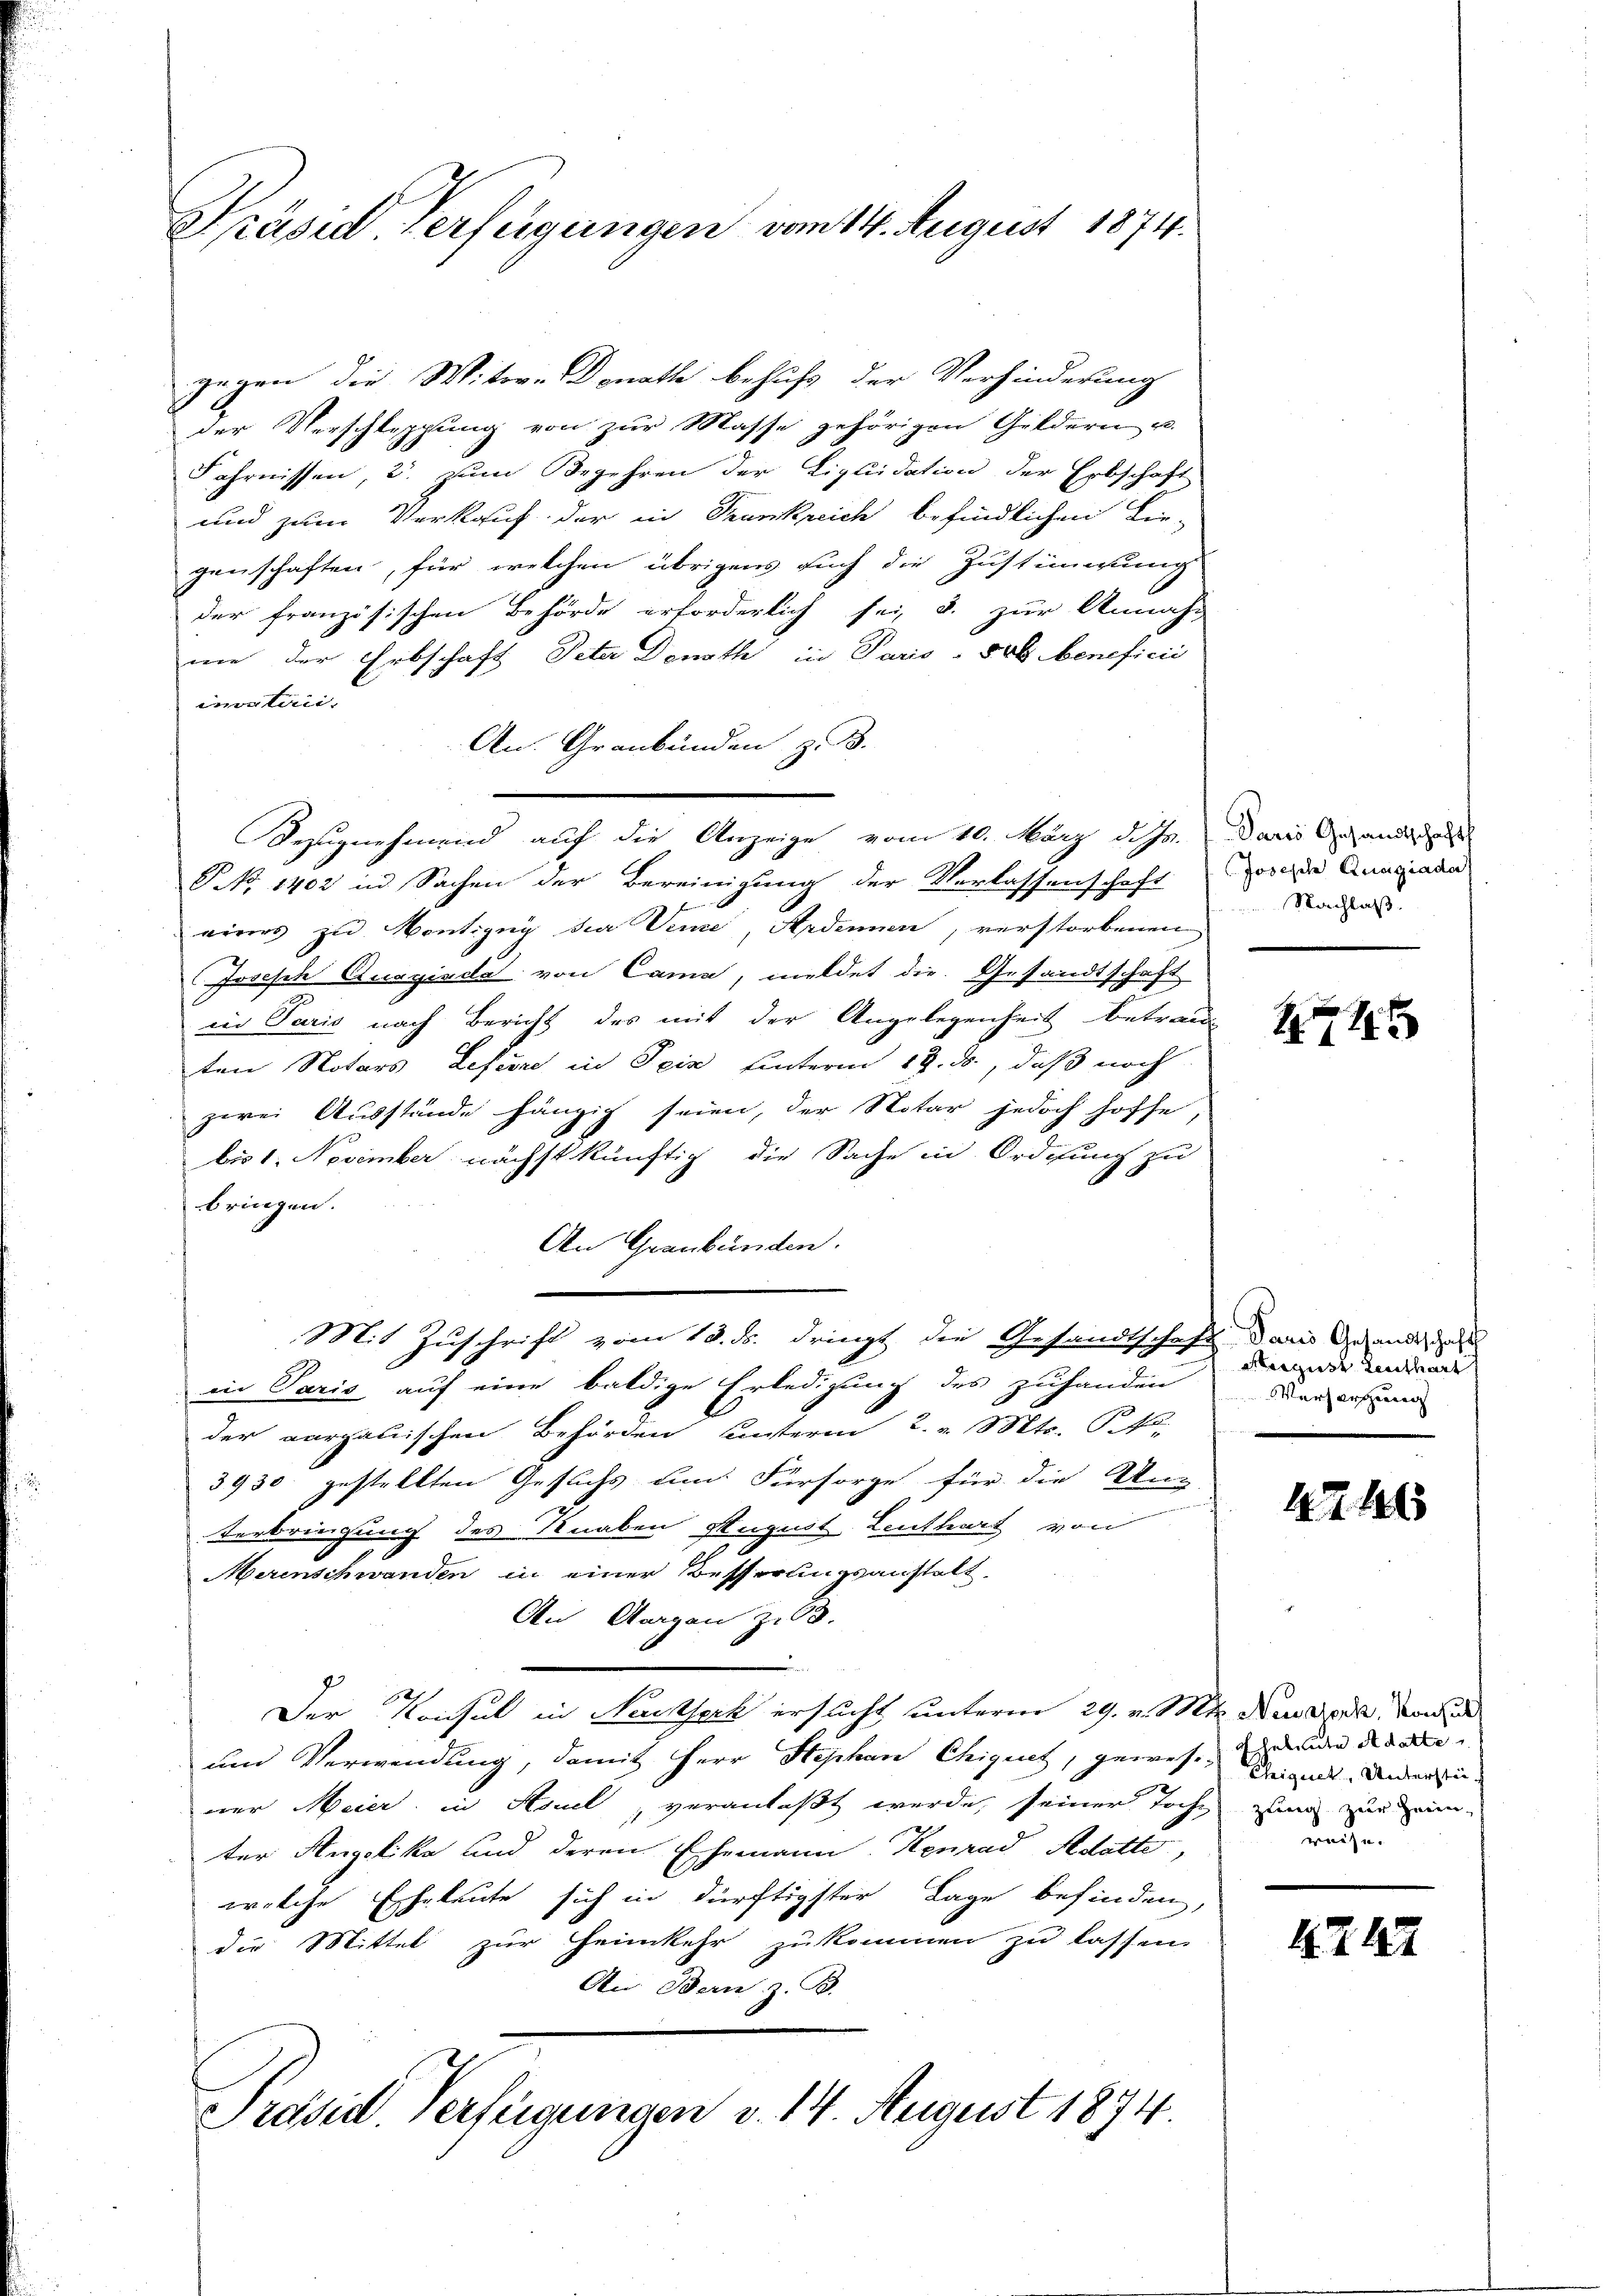
Präsid. Verfügungen vom 14. August 1874.

gegen die Witwe Donath behufs der Verhinderung
der Verschleppung von zur Masse gehörigen Geldern u.
Fahrnissen, 2. zum Begehren der Liquidation der Erbschaft
und zum Verkauf der in Frankreich befindlichen Lie-
genschaften, für welchen übrigens such die Zustimmung
der französischen Behörde erforderlich sei, u. zur Annah-
nie der Erbschaft Peter Denoth in Paris - 800 beneficii
invaten.
An Graubünden z. B.
Bezugnehmend auf die Anzeige vom 10. März d. Js.
PNo. 1402 in Sachen der Bereinigung der Verlassenschaft
eines zu Montigny die Vene, Ardinien, verstorbenen
Joseph Ruaginda von Cama, meldet die Gesandtschaft
in Paris nach Bericht des mit der Angelegenheit betraue
ten Notars Lefevre in Seiz hinterm 19. ds., daß noch
zwei Ausstände hängig seien, der Notar jedoch hoffe,
bis 1. November nächstkünftig die Sache in Ordnung zu
E
bringen.
An Graubünden.
Mit Zuschrift vom 13. ds. dringt die Gesandtschaft daris Gesanden zus
in Paris auf eine baldige Erledigung des zuhanden
der aargauischen Behörden unterm 2. v. Mts. P. Nr.
3930 gestellten Gesuchs um Fürsorge für die Un-
terbringung des Knaben August Leuthart von
Merinschwanden in einer Besserungsanstalt
An Aargau Z. 63.
Der Konsul in Nachsich ersucht unterm 29. v. Mts. Neudork, von
und Verwendung, damit Herr Stephan Chiquet, gewesenden der de
2
ner Meier in Houel, veranlaßt werde, seiner toche zum zur ein
ter Angelika und deren Ehemann. Konrad Adatte,
welche Erholente sich in dürftigster Lage befinden,
die Mittel zur Heimkehr zukommen zu lassen,
An Bern, z. B.
Präsid. Verfügungen v. 14. August 1874.

Paris Gesandtschaft
Joseph Quagiada
Nachlaß

11

Mergust Leuthart
Versorgung

1246

Chiquet, Unterstä
rachen

4247